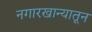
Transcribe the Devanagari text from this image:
नगारखान्यातून